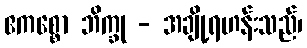
ဧကစ္စော ဘိက္ခု - အချို့ရဟန်းသည်၊